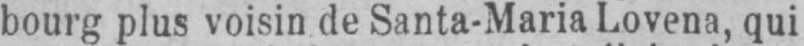
bourg plus voisin de Santa-Maria Lovena, qui